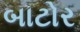
બાટોર